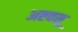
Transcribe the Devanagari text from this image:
अष्टवसू